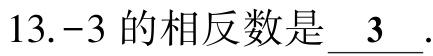
13.$-3$ 的相反数是 $\underline{3}$.